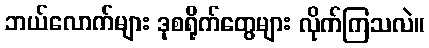
ဘယ်လောက်များ ဒုစရိုက်တွေများ လိုက်ကြသလဲ။